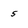
Character: 5